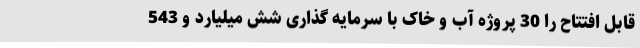
قابل افتتاح را 30 پروژه آب و خاک با سرمایه گذاری شش میلیارد و 543